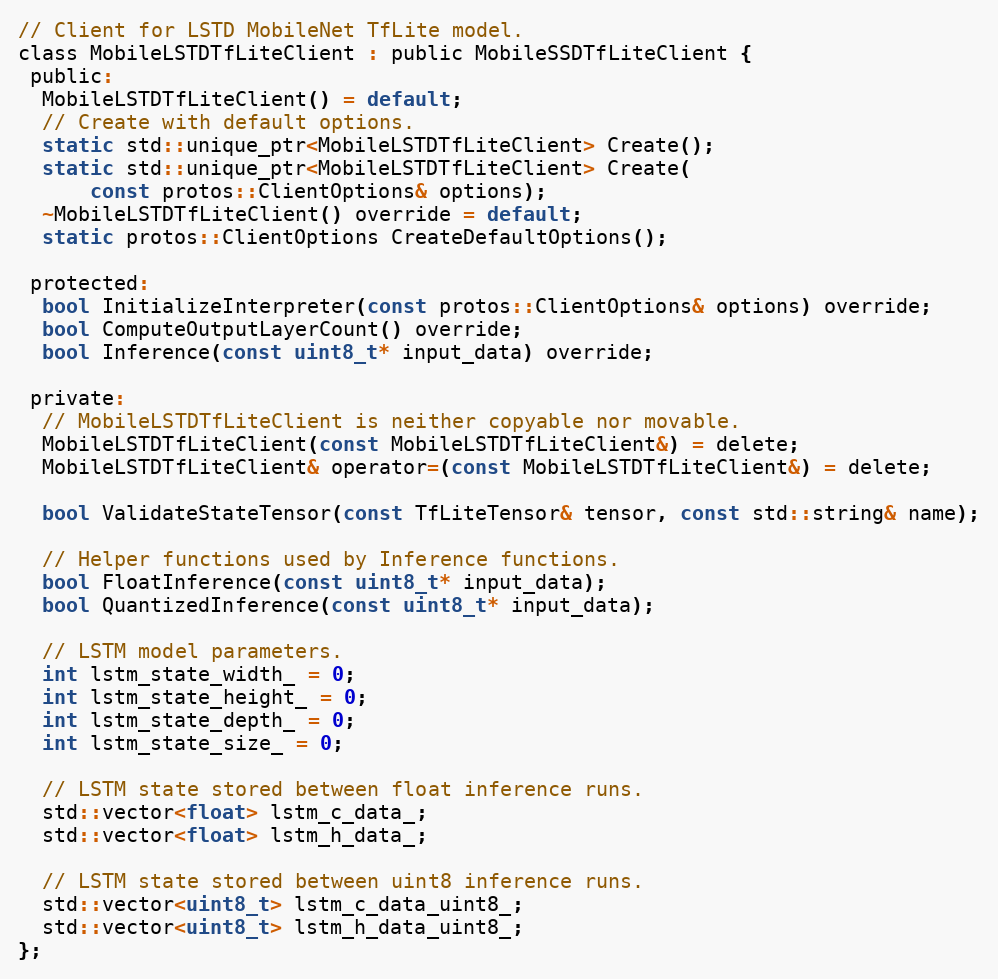
Language: C
// Client for LSTD MobileNet TfLite model.
class MobileLSTDTfLiteClient : public MobileSSDTfLiteClient {
 public:
  MobileLSTDTfLiteClient() = default;
  // Create with default options.
  static std::unique_ptr<MobileLSTDTfLiteClient> Create();
  static std::unique_ptr<MobileLSTDTfLiteClient> Create(
      const protos::ClientOptions& options);
  ~MobileLSTDTfLiteClient() override = default;
  static protos::ClientOptions CreateDefaultOptions();

 protected:
  bool InitializeInterpreter(const protos::ClientOptions& options) override;
  bool ComputeOutputLayerCount() override;
  bool Inference(const uint8_t* input_data) override;

 private:
  // MobileLSTDTfLiteClient is neither copyable nor movable.
  MobileLSTDTfLiteClient(const MobileLSTDTfLiteClient&) = delete;
  MobileLSTDTfLiteClient& operator=(const MobileLSTDTfLiteClient&) = delete;

  bool ValidateStateTensor(const TfLiteTensor& tensor, const std::string& name);

  // Helper functions used by Inference functions.
  bool FloatInference(const uint8_t* input_data);
  bool QuantizedInference(const uint8_t* input_data);

  // LSTM model parameters.
  int lstm_state_width_ = 0;
  int lstm_state_height_ = 0;
  int lstm_state_depth_ = 0;
  int lstm_state_size_ = 0;

  // LSTM state stored between float inference runs.
  std::vector<float> lstm_c_data_;
  std::vector<float> lstm_h_data_;

  // LSTM state stored between uint8 inference runs.
  std::vector<uint8_t> lstm_c_data_uint8_;
  std::vector<uint8_t> lstm_h_data_uint8_;
};